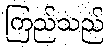
ကြည်သည်